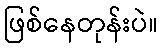
ဖြစ်နေတုန်းပဲ။